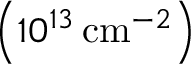
\left( 1 0 ^ { 1 3 } \thinspace \mathrm { c m } ^ { - 2 } \right)